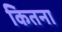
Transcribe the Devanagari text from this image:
कितना